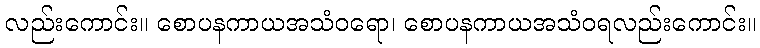
လည်းကောင်း။ စောပနကာယအသံဝရော၊ စောပနကာယအသံဝရလည်းကောင်း။